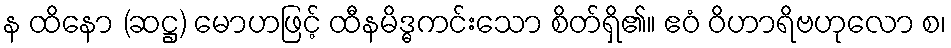
န ထိနော (ဆဋ္ဌ) မောဟဖြင့် ထီနမိဒ္ဓကင်းသော စိတ်ရှိ၏။ ဧဝံ ဝိဟာရိဗဟုလော စ၊